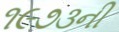
૧૯૭૩ની